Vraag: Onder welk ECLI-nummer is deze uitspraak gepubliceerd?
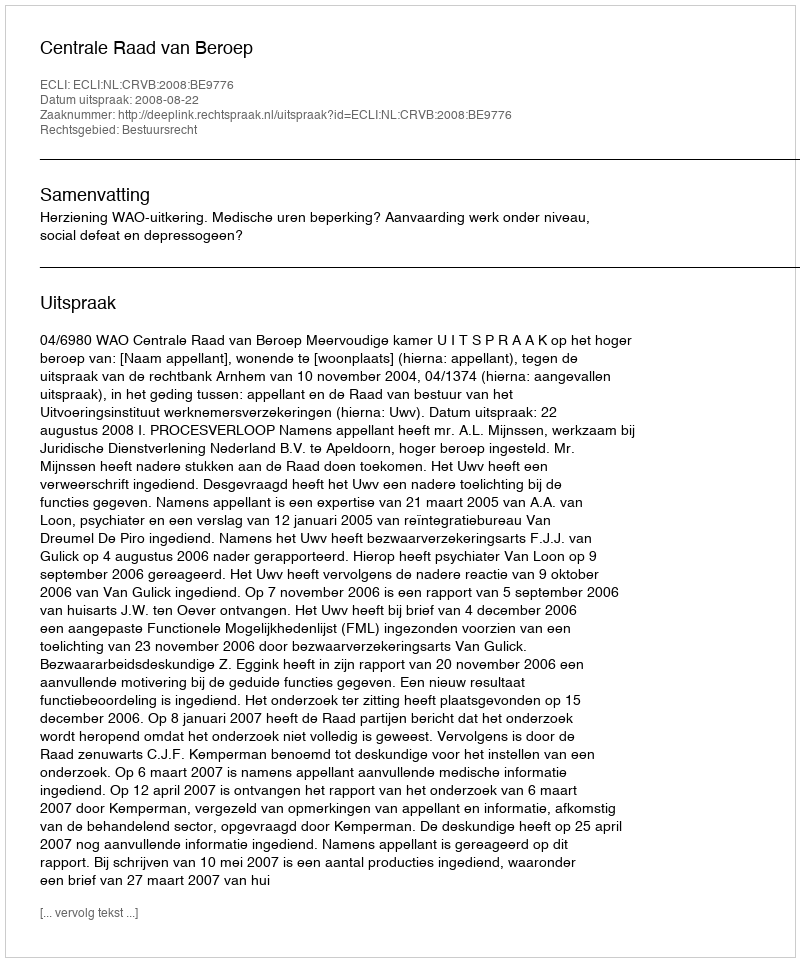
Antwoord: ECLI:NL:CRVB:2008:BE9776